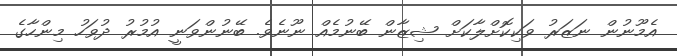
އެމޫނުން ނަޒަރު ވަކިކޮށްލާކަށް ޝިޒާން ބޭނުމެއް ނޫނެވެ. ބޭނުންވަނީ އުމުރު ދުވަހު މިންހާގެ